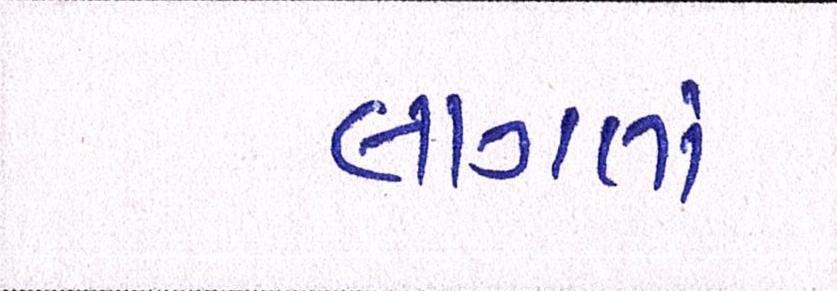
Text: લાગતાં